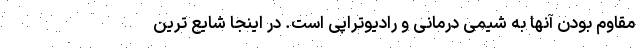
مقاوم بودن آنها به شیمی درمانی و رادیوتراپی است. در اینجا شایع ترین